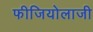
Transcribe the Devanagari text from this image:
फीजियोलाजी